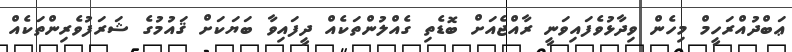
ޢަބްދުއްރަހީމް މިހެން ވިދާޅުވެފައިވަނީ ރާއްޖެއަށް ބޮޑެތި ގެއްލުންތަކެއް ދީފައިވާ ބަޔަކަށް ޤައުމުގެ ޝަރަފުވެރިންތަކެއް